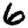
Digit: 6